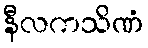
နီလကသိဏံ